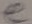
Text: e